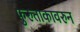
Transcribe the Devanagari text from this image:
फुरुताकावरुन